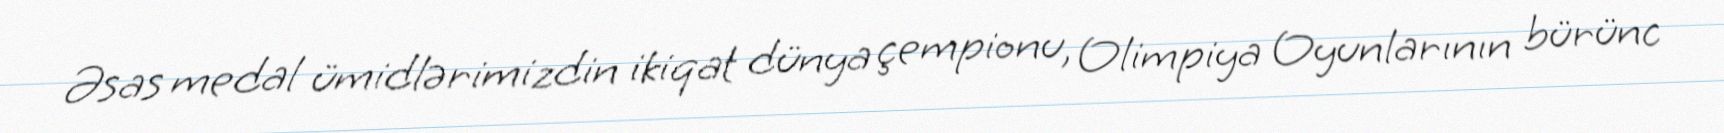
Əsas medal ümidlərimizdin ikiqat dünya çempionu, Olimpiya Oyunlarının bürünc